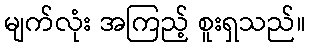
မျက်လုံး အကြည့် စူးရှသည်။